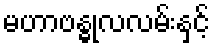
မဟာဗန္ဓုလလမ်းနှင့်